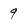
Character: 9